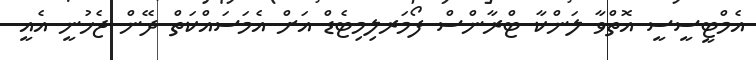
އެމްޓީސީސީ އޮތްވާ ލަންކާ ޓްރާންސް ފޯމަރލިމިޓެޑް އަށް އެމަސައްކަތް ދޭން ޖެހުނީ އެއީ